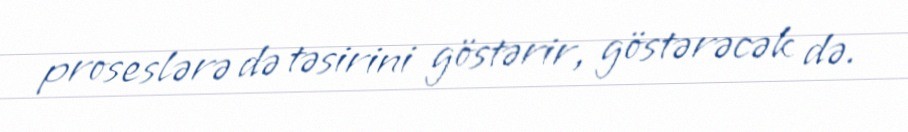
proseslərə də təsirini göstərir, göstərəcək də.